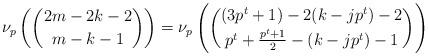
LaTeX: \begin{align*}\nu_p \left( \binom{2m-2k-2}{m-k-1} \right)=\nu_p \left(\binom{(3p^t+1)-2(k-j p^t)-2}{p^t+\frac{p^t+1}{2}-(k-j p^t)-1}\right)\end{align*}